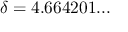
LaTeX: \delta = 4 . 6 6 4 2 0 1 . . .